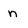
Character: n